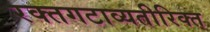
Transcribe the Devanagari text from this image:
रक्तगटाव्यतीरिक्त